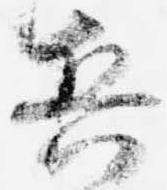
兵